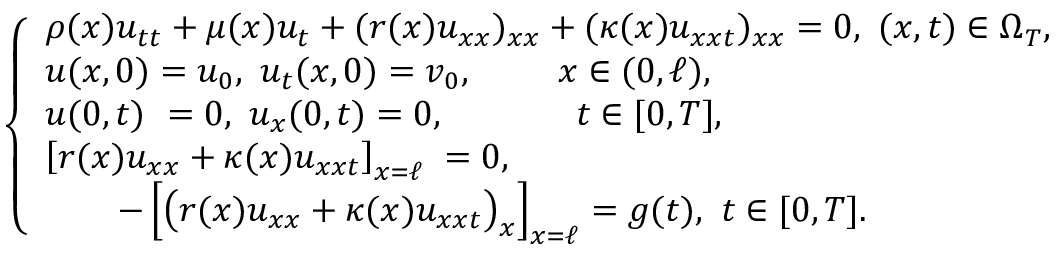
\begin{array} { r } { \left\{ \begin{array} { l c } { \rho ( x ) u _ { t t } + \mu ( x ) u _ { t } + ( r ( x ) u _ { x x } ) _ { x x } + ( \kappa ( x ) u _ { x x t } ) _ { x x } = 0 , ~ ( x , t ) \in \Omega _ { T } , } \\ { u ( x , 0 ) = u _ { 0 } , ~ u _ { t } ( x , 0 ) = v _ { 0 } , ~ \qquad x \in ( 0 , \ell ) , } \\ { u ( 0 , t ) \ = 0 , ~ u _ { x } ( 0 , t ) = 0 , ~ \qquad \; \quad t \in [ 0 , T ] , } \\ { \left[ r ( x ) u _ { x x } + \kappa ( x ) u _ { x x t } \right] _ { x = \ell } \; = 0 , } \\ { \quad \quad - \left[ \big ( r ( x ) u _ { x x } + \kappa ( x ) u _ { x x t } \big ) _ { x } \right] _ { x = \ell } = g ( t ) , \ t \in [ 0 , T ] . } \end{array} \right. } \end{array}